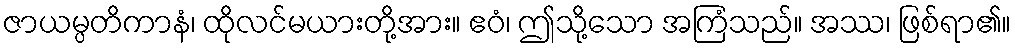
ဇာယမ္ပတိကာနံ၊ ထိုလင်မယားတို့အား။ ဧဝံ၊ ဤသို့သော အကြံသည်။ အဿ၊ ဖြစ်ရာ၏။